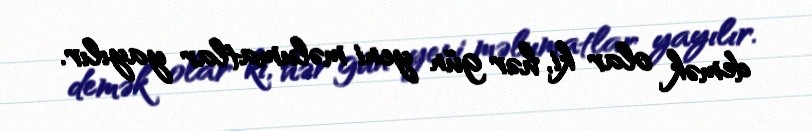
demək olar ki, hər gün yeni məlumatlar yayılır.